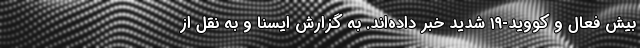
بیش فعال و کووید-۱۹ شدید خبر داده‌اند. به گزارش ایسنا و به نقل از